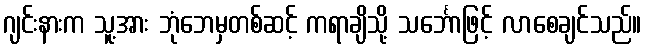
ဂျင်းနားက သူ့အား ဘုံဘေမှတစ်ဆင့် ကရာချိသို့ သင်္ဘောဖြင့် လာစေချင်သည်။